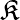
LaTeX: \mathfrak{K}